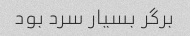
برگر بسیار سرد بود